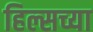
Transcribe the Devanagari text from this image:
हिल्सच्या